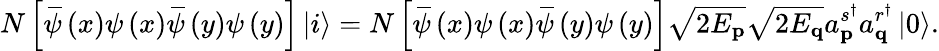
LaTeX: N\left[\, \overline{{\! {\psi}}}\left(x\right)\psi\left(x\right)\, \overline{{\! {\psi}}}\left(y\right)\psi\left(y\right)\right]\left\vert i\right\rangle=N\left[\, \overline{{\! {\psi}}}\left(x\right)\psi\left(x\right)\, \overline{{\! {\psi}}}\left(y\right)\psi\left(y\right)\right]\sqrt{2E_{\mathbf{p}}}\sqrt{2E_{\mathbf{q}}}a_{\mathbf{p}}^{s^{\dagger}}a_{\mathbf{q}}^{r^{\dagger}}\left\vert 0\right\rangle.